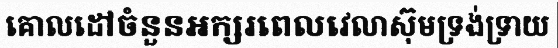
គោលដៅចំនួនអក្សរពេលវេលាស៊ុមទ្រង់ទ្រាយ